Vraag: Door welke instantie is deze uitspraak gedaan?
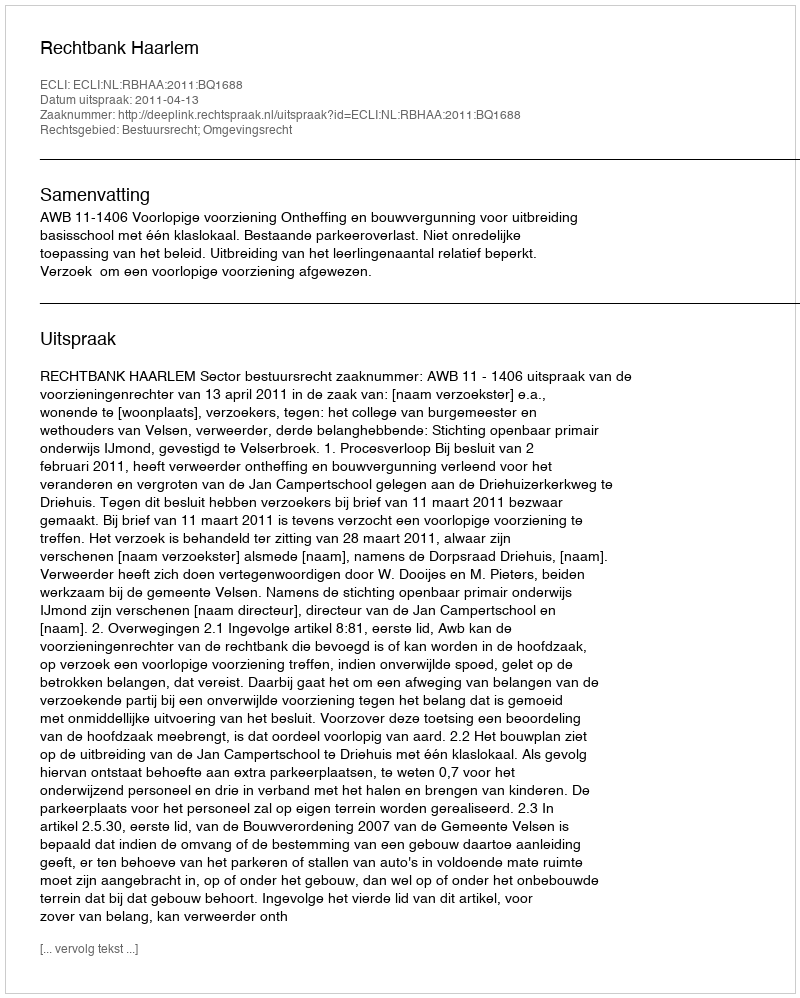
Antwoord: Rechtbank Haarlem